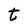
Character: t